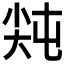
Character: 𡭻